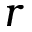
r